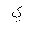
Letter: _ya